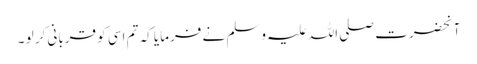
آنحضرت صلی اللہ علیہ وسلم نے فرمایا کہ تم اسی کو قربانی کر لو ۔